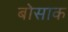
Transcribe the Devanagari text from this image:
बोसाक